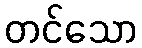
တင်သော